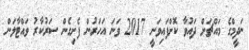
ނަދީމްގެ މައްޗަށް ދައުވާ ކޮށްފައިވަނީ 2017 ވަނަ އަހަރުން ފެށިގެން ސަރުކާރު ވައްޓާލަން